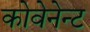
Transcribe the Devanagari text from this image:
कोवेनेन्ट